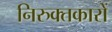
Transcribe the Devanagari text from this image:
निरुक्तकारों